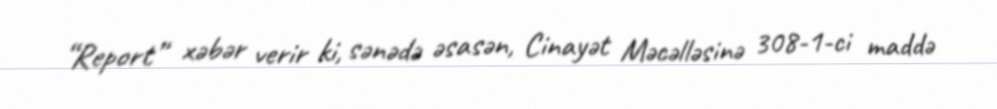
“Report” xəbər verir ki, sənədə əsasən, Cinayət Məcəlləsinə 308-1-ci maddə